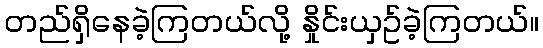
တည်ရှိနေခဲ့ကြတယ်လို့ နှိုင်းယှဥ်ခဲ့ကြတယ်။